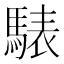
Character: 𩤕